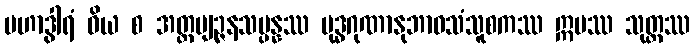
မဟာဒွါရံ ဝိယ စ အတ္ထဗျဉ္ဇနသမ္ပန္နဿ ဗုဒ္ဓဂုဏာနုဘာဝသံသူစကဿ ဣမဿ သုတ္တဿ